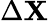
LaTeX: \Delta\mathbf{X}